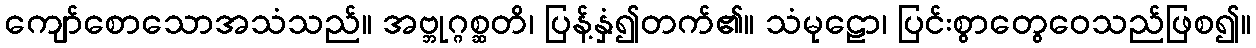
ကျော်စောသောအသံသည်။ အဗ္ဘုဂ္ဂစ္ဆတိ၊ ပြန့်နှံ၍တက်၏။ သံမုဠော၊ ပြင်းစွာတွေဝေသည်ဖြစ၍။